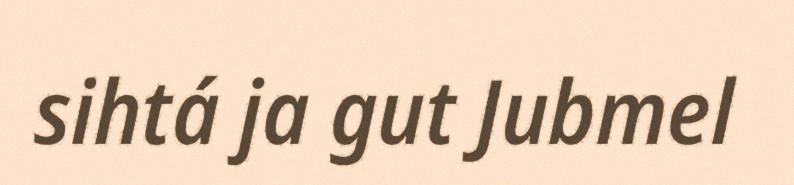
sihtá ja gut Jubmel